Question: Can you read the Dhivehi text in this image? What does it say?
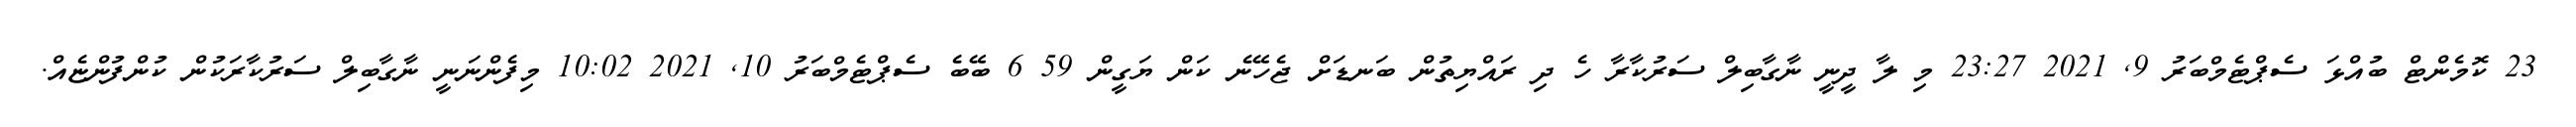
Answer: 23 ކޮމެންޓް ބުއްޅަ ސެޕްޓެމްބަރު 9, 2021 23:27 މި ލާ ދީނީ ނާގާބިލް ސަރުކާރާ ހެ ދި ރައްޔިތުން ބަނޑަށް ޖެހޭނެ ކަން ޔަގީން 59 6 ބޭބެ ސެޕްޓެމްބަރު 10, 2021 10:02 މިފެންނަނީ ނާގާބިލް ސަރުކާރަކުން ކުންފުންޏެއް.